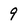
Character: 9